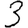
Digit: 3